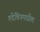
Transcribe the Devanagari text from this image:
श्टेचिनमधील